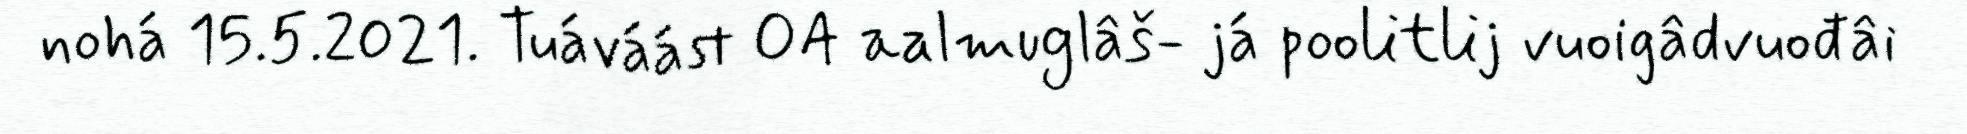
nohá 15.5.2021. Tuáváást OA aalmuglâš- já poolitlij vuoigâdvuođâi